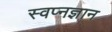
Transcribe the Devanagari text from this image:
स्वप्नज्ञान